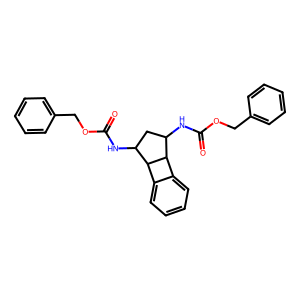
SMILES: O=C(NC1CC(NC(=O)OCc2ccccc2)C2c3ccccc3C12)OCc1ccccc1
Inhibits HIV replication: No